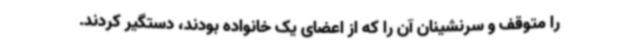
را متوقف و سرنشینان آن را که از اعضای یک خانواده بودند، دستگیر کردند.